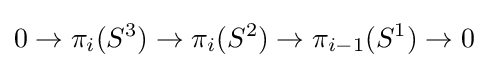
0\rightarrow \pi _{i}(S^{3})\rightarrow \pi _{i}(S^{2})\rightarrow \pi _{i-1}(S^{1})\rightarrow 0